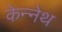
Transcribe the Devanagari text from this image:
केन्नेथ